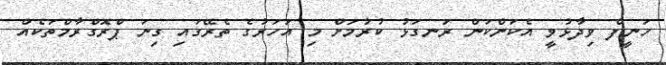
ހަނީފް ވިދާޅުވީ އެކަންކަން ރަނގަޅު ކުރުމަށް މި އަހަރުގެ ތެރޭގައި ގިނަ ޕްރޮގްރާމްތަކެއް